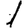
Digit: 1